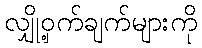
လျှို့ဝှက်ချက်များကို